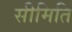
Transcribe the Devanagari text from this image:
सीमिति